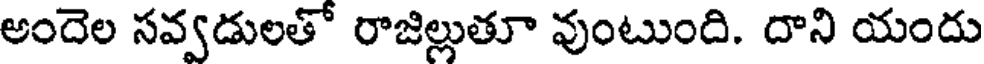
అందెల సవ్వడులతో రాజిల్లుతూ వుంటుంది. దాని యందు